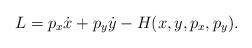
LaTeX: \begin{align*}L = p_x \dot x + p_y \dot y - H(x,y,p_x,p_y).\end{align*}